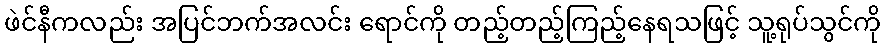
ဖဲင်နီကလည်း အပြင်ဘက်အလင်း ရောင်ကို တည့်တည့်ကြည့်နေရသဖြင့် သူ့ရုပ်သွင်ကို